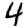
Digit: 4